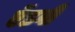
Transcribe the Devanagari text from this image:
ऍडवी